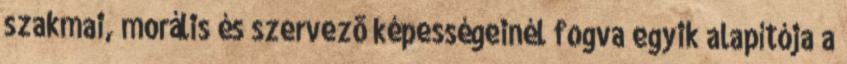
szakmai, morális és szervezõ képességeinél fogva egyik alapítója a